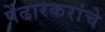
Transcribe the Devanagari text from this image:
पेंढारकरांचे